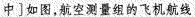
中 ]如图，航空测量组的飞机航线